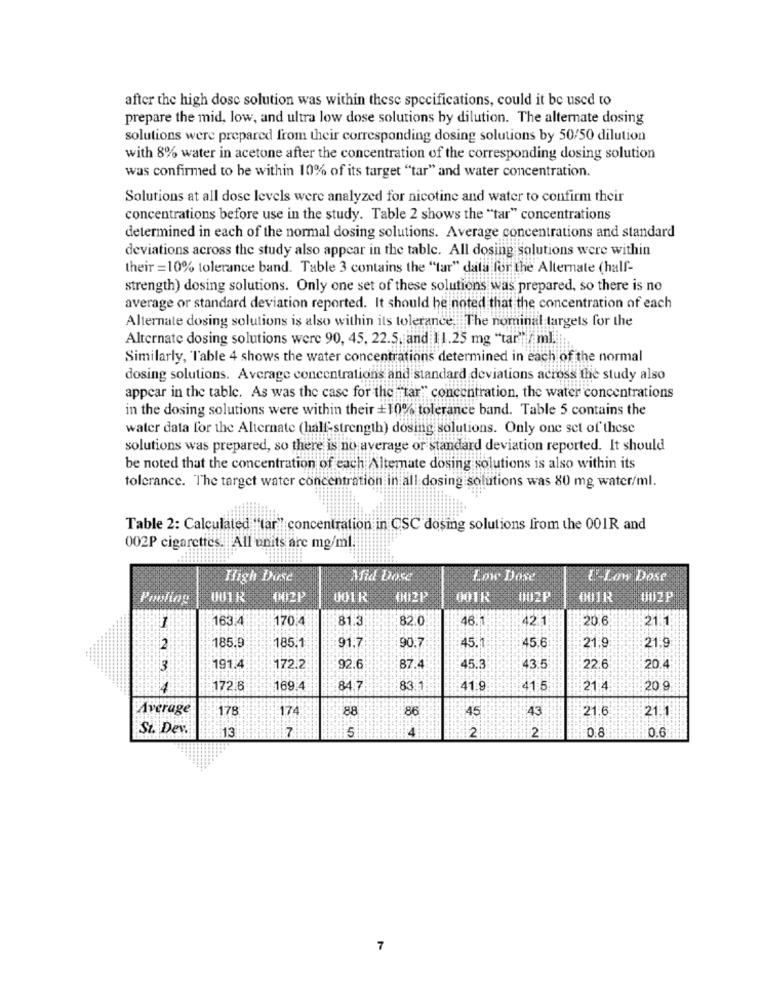
after the high dose solution was within these specifications, could it be used to
prepare the mid, low, and ultra low dose solutions by dilution. The alternate dosing
solutions were prepared from their corresponding dosing solutions by 50/50 dilution
with 8% water in acetone after the concentration of the corresponding dosing solution
was confirmed to be within 10% of its target "tar" and water concentration.
Solutions at all dose levels were analyzed for nicotine and water to confirm their
concentrations before use in the study. Table 2 shows the "tar" concentrations
determined in each of the normal dosing solutions. Average concentrations and standard
deviations across the study also appear in the table. All dosing solutions were within
their =10% tolerance band. Table 3 contains the "tar" data for the Alternate (half-
strength) dosing solutions. Only one set of these solutions was prepared, so there is no
average or standard deviation reported. It should be noted that the concentration of each
Alternate dosing solutions is also within its tolerance. The nominal targets for the
Alternate dosing solutions were 90, 45, 22.5, and 11.25 mg "tar" / ml.
Similarly, Table 4 shows the water concentrations determined in each of the normal
dosing solutions. Average concentrations and standard deviations across the study also
appear in the table. As was the case for the star" concentration, the water concentrations
in the dosing solutions were within their +10% tolerance band. Table 5 contains the
water data for the Alternate (half-strength) dosing solutions. Only one set of these
solutions was prepared, so there is no average or standard deviation reported. It should
be noted that the concentration of each Alternate dosing solutions is also within its
tolerance. The target water concentration in all dosing solutions was 80 mg water/ml.
Table 2: Calculated ""tar" concentration in CSC dosing solutions from the 001R and
002P cigarettes. All units are mg/ml.
High Dose
Mid Dose
Low Dose
U-Low Dose
Proliny
001R
002P
001R
0012₽
001K
002P
001R
UUZP
163 4
170 4
81.3
82.0
46.1
42 1:
20.6
21.1
1
185.9
185.1
91.7
90.7
45.1
45.6
12
21.9
21.9
3
191.4
172.2
92.6
87.4
45.3
43.5
22.6
20.4
172.6
169.4
84.7
83.1
41.9
41 5
21:4
20 9
Average
178
174
88
86
45
43
21.6
21.1
St. Dev.
13
17
5
2
2
0.6
7